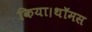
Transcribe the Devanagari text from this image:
किया।थॉमस